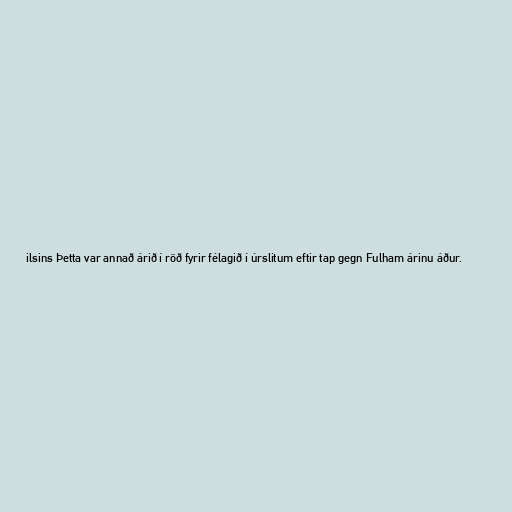
ilsins Þetta var annað árið í röð fyrir félagið í úrslitum eftir tap gegn Fulham árinu áður.